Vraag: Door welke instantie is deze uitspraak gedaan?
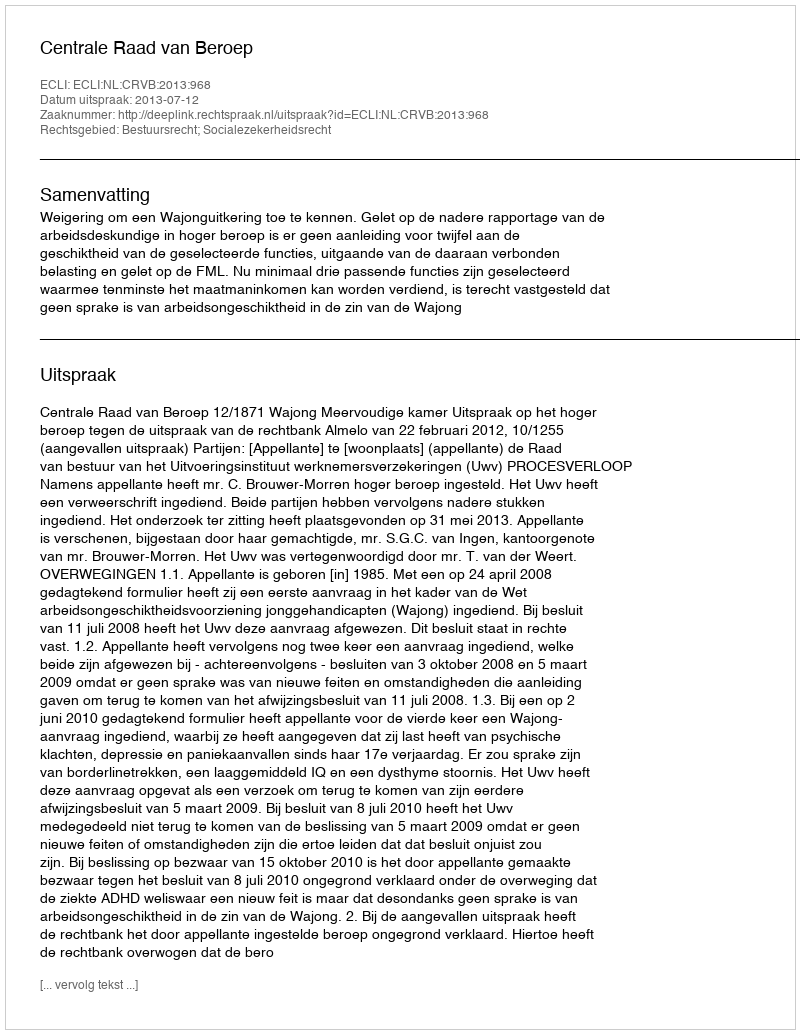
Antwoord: Centrale Raad van Beroep